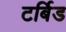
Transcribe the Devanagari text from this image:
टर्बिड